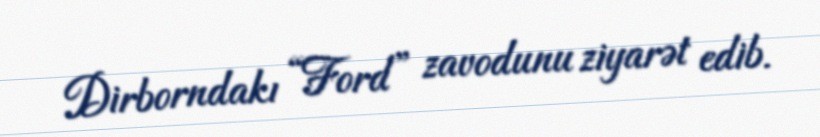
Dirborndakı “Ford” zavodunu ziyarət edib.